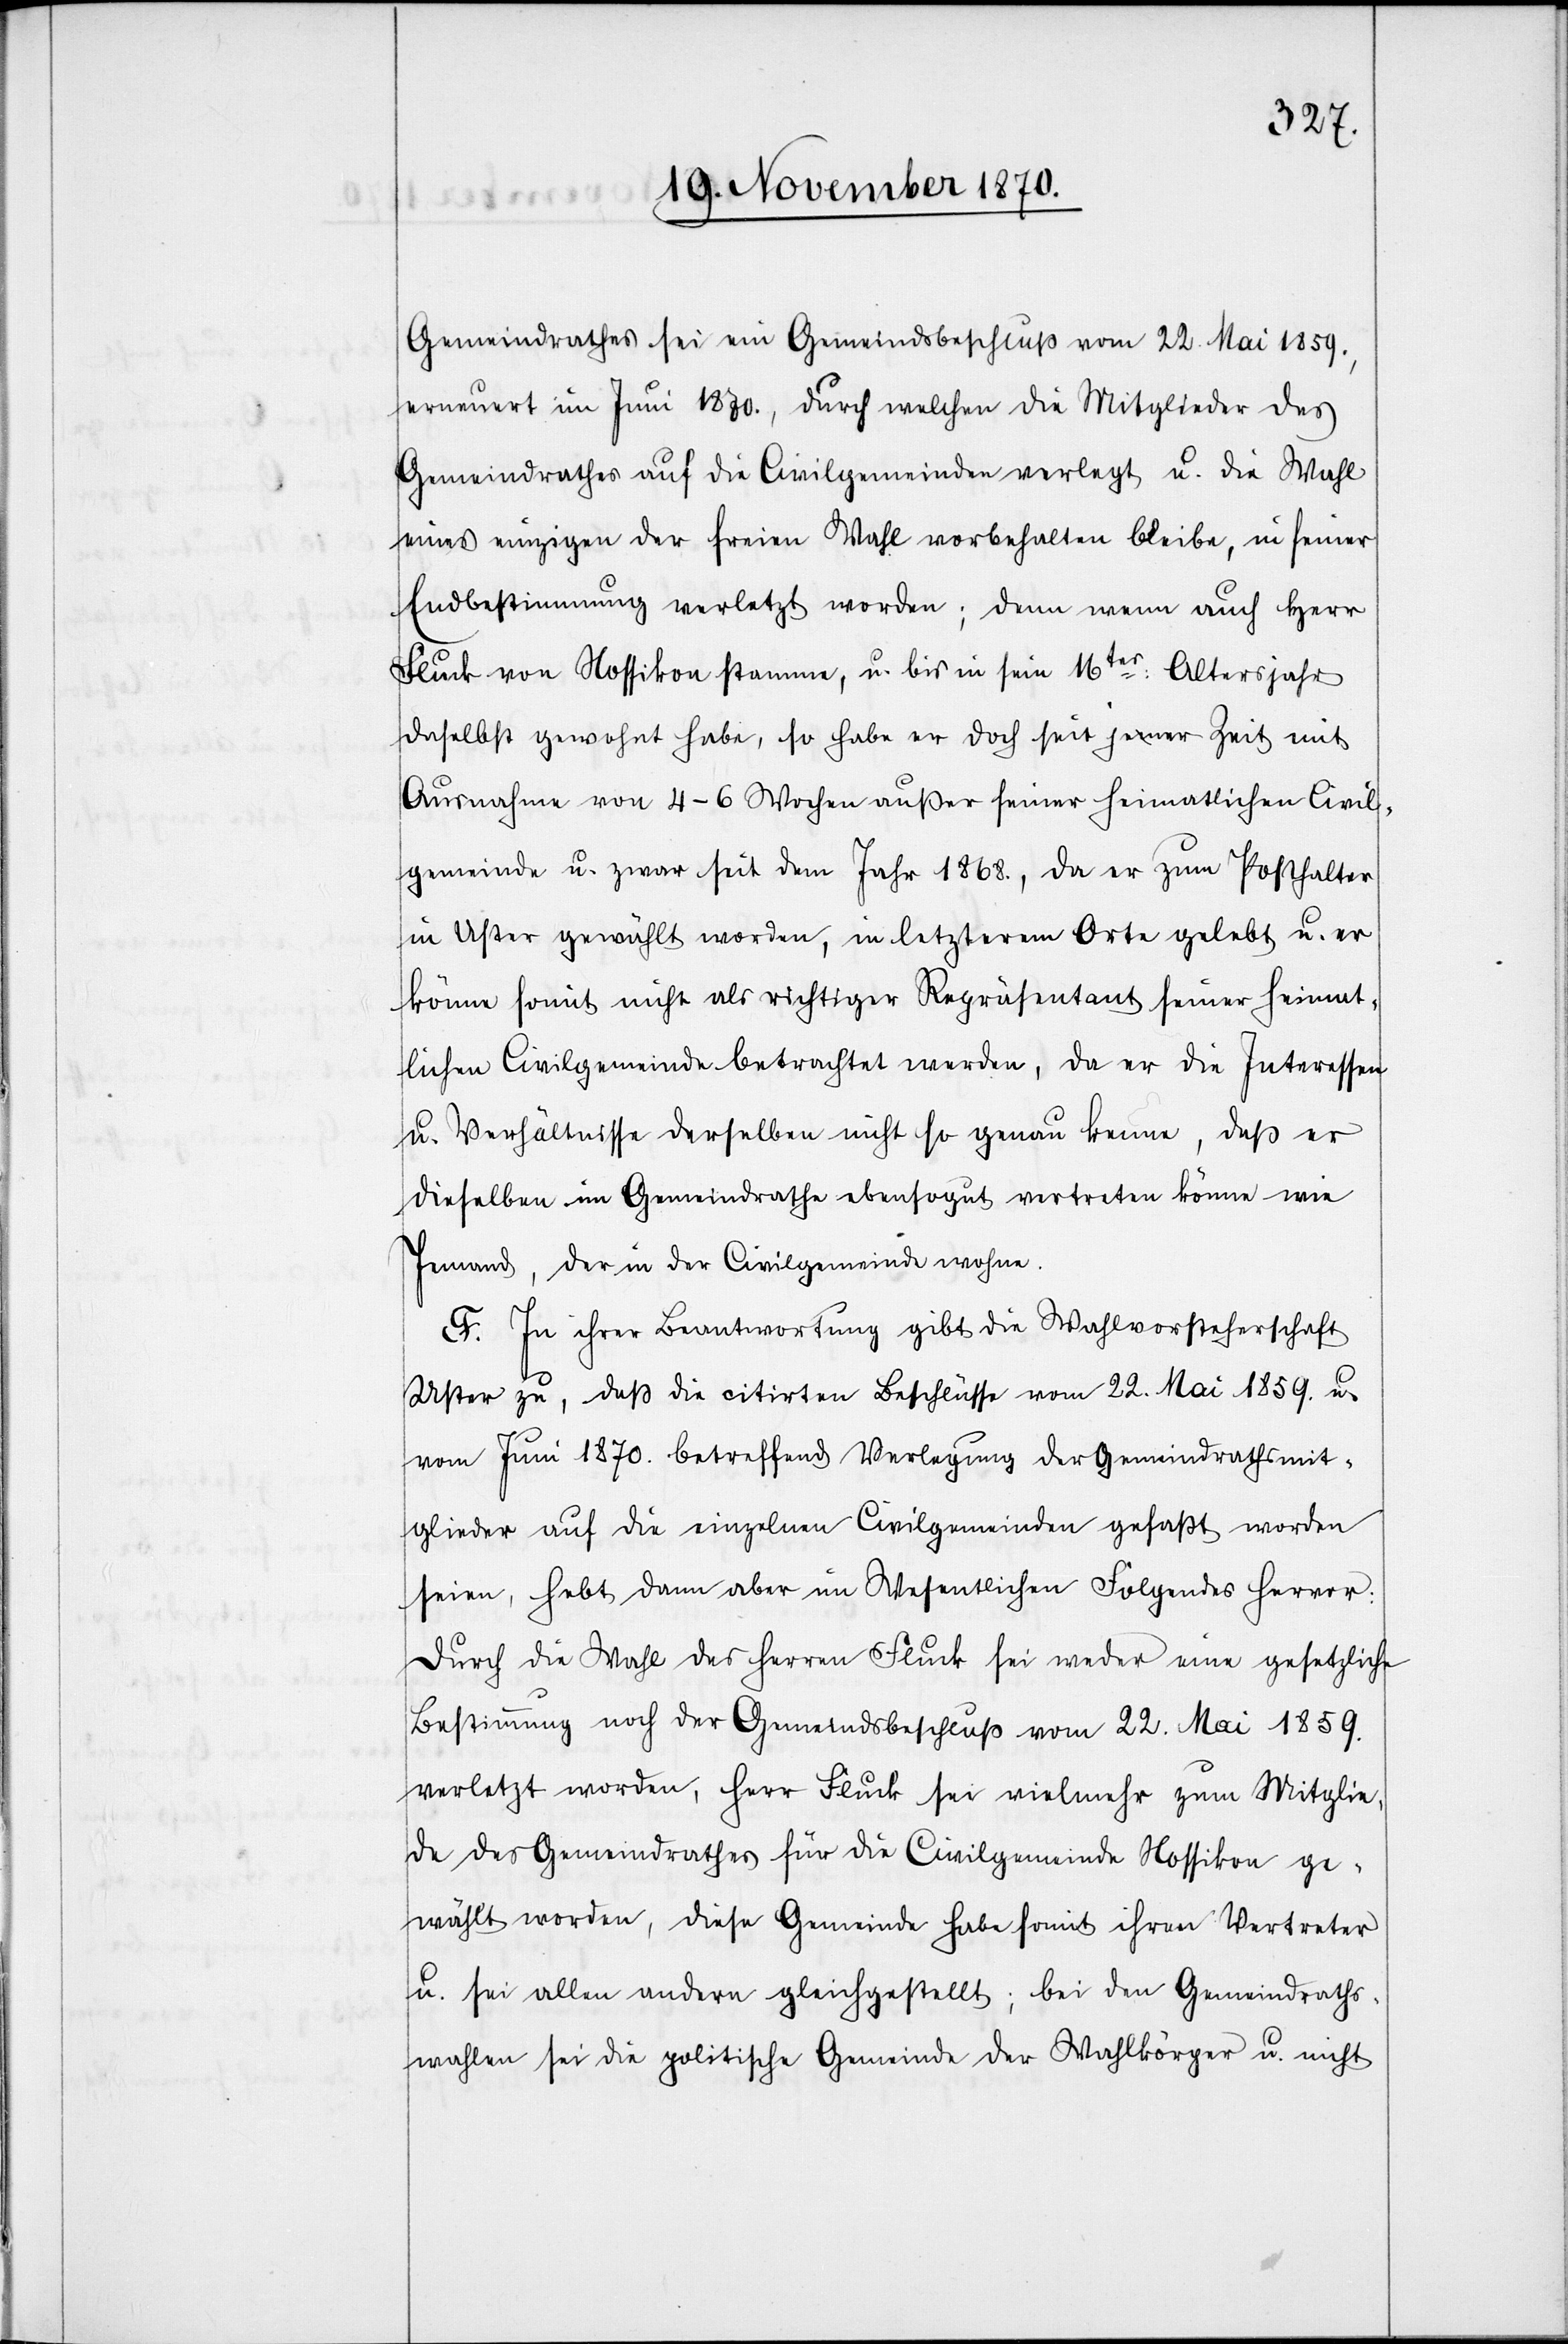
Gemeindrathes sei ein Gemeindsbeschluß vom 22. Mai 1859.,
erneuert im Juni 1870., durch welchen die Mitglieder des
Gemeindrathes auf die Civilgemeinden verlegt u. die Wahl
eines einzigen der freien Wahl vorbehalten bleibe, in seiner
Endbestimmung verletzt worden; denn wenn auch Herr
Fluck von Nossikon stamme, u. bis in sein 16tes Altersjahr
daselbst gewohnt habe, so habe er doch seit jener Zeit mit
Ausnahme von 4–6 Wochen außer seiner heimatlichen Civil¬
gemeinde u. zwar seit dem Jahr 1868., da er zum Posthalter
in Uster gewählt worden, in letzterem Orte gelebt u. er
könne somit nicht als richtiger Repräsentant seiner heimat¬
lichen Civilgemeinde betrachtet werden, da er die Interessen
u. Verhältnisse derselben nicht so genau kenne, daß er
dieselben im Gemeindrathe ebensogut vertreten könne wie
Jemand, der in der Civilgemeinde wohne.
F. In ihrer Beantwortung gibt die Wahlvorsteherschaft
Uster zu, daß die citirten Beschlüsse vom 22. Mai 1859. u.
vom Juni 1870. betreffend Verlegung der Gemeindrathsmit¬
glieder auf die einzelnen Civilgemeinden gefaßt worden
seien, hebt dann aber im Wesentlichen Folgendes hervor:
Durch die Wahl des Herren Fluck sei weder eine gesetzliche
Bestimmung noch der Gemeindsbeschluß vom 22. Mai 1859.
verletzt worden, Herr Fluck sei vielmehr zum Mitglie¬
de des Gemeindrathes für die Civilgemeinde Nossikon ge¬
wählt worden, diese Gemeinde habe somit ihren Vertreter
u. sei allen anderen gleichgestellt; bei den Gemeindraths¬
wahlen sei die politische Gemeinde der Wahlkörper u. nicht